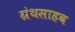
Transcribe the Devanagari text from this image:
ग्रंथसाहब